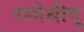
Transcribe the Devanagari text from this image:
रस्गेथीमु